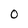
Character: 0